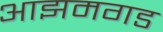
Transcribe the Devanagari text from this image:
आझमगड